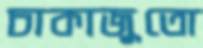
চাকাজুতো